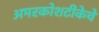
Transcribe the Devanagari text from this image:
अमरकोशटीकेचे